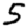
Digit: 5